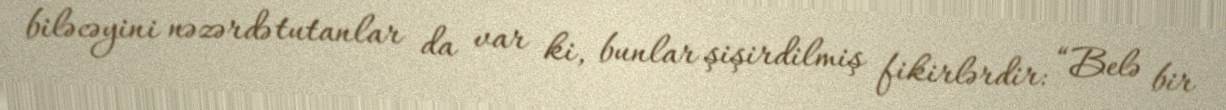
biləcəyini nəzərdə tutanlar da var ki, bunlar şişirdilmiş fikirlərdir: “Belə bir